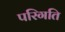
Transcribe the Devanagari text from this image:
परिगति